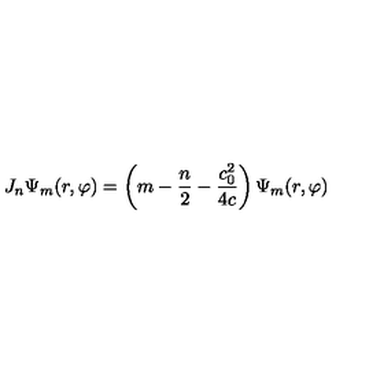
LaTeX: J _ { n } \Psi _ { m } ( r , \varphi ) = \left( m - \frac n 2 - \frac { c _ { 0 } ^ { 2 } } { 4 c } \right) \Psi _ { m } ( r , \varphi )